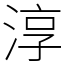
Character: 淳